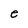
Character: e